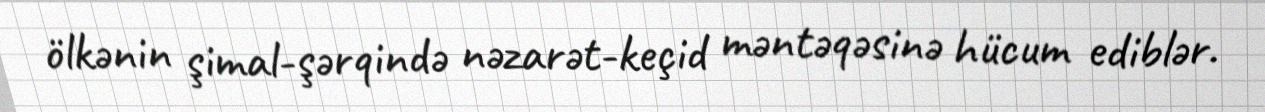
ölkənin şimal-şərqində nəzarət-keçid məntəqəsinə hücum ediblər.